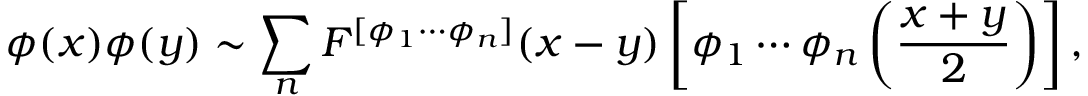
\phi ( x ) \phi ( y ) \sim \sum _ { n } F ^ { [ \phi _ { 1 } \cdots \phi _ { n } ] } ( x - y ) \left[ \phi _ { 1 } \cdots \phi _ { n } \left( { \frac { x + y } { 2 } } \right) \right] ,